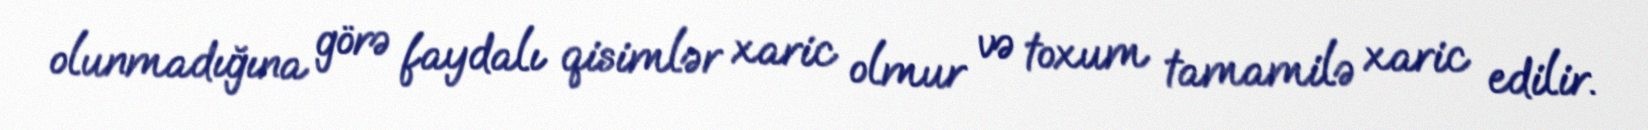
olunmadığına görə faydalı qisimlər xaric olmur və toxum tamamilə xaric edilir.